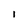
Character: i